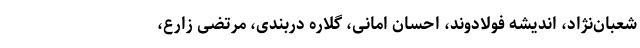
شعبان‌نژاد، اندیشه فولادوند، احسان امانی، گلاره دربندی، مرتضی زارع،